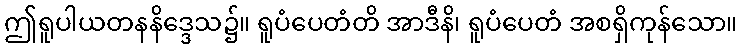
ဤရူပါယတနနိဒ္ဒေသ၌။ ရူပံပေတံတိ အာဒီနိ၊ ရူပံပေတံ အစရှိကုန်သော။